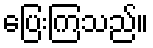
ပြေးကြသည်။